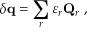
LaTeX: \delta \mathbf { q } = \sum _ { r } \varepsilon _ { r } \mathbf { Q } _ { r } ~ ,